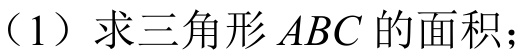
（1）求三角形 \(ABC\) 的面积；